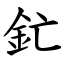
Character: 釯